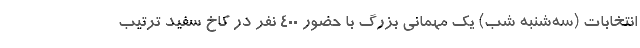
انتخابات (سه‌شنبه شب) یک مهمانی بزرگ با حضور 400 نفر در کاخ سفید ترتیب